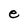
Character: e